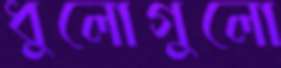
ধুলোগুলো